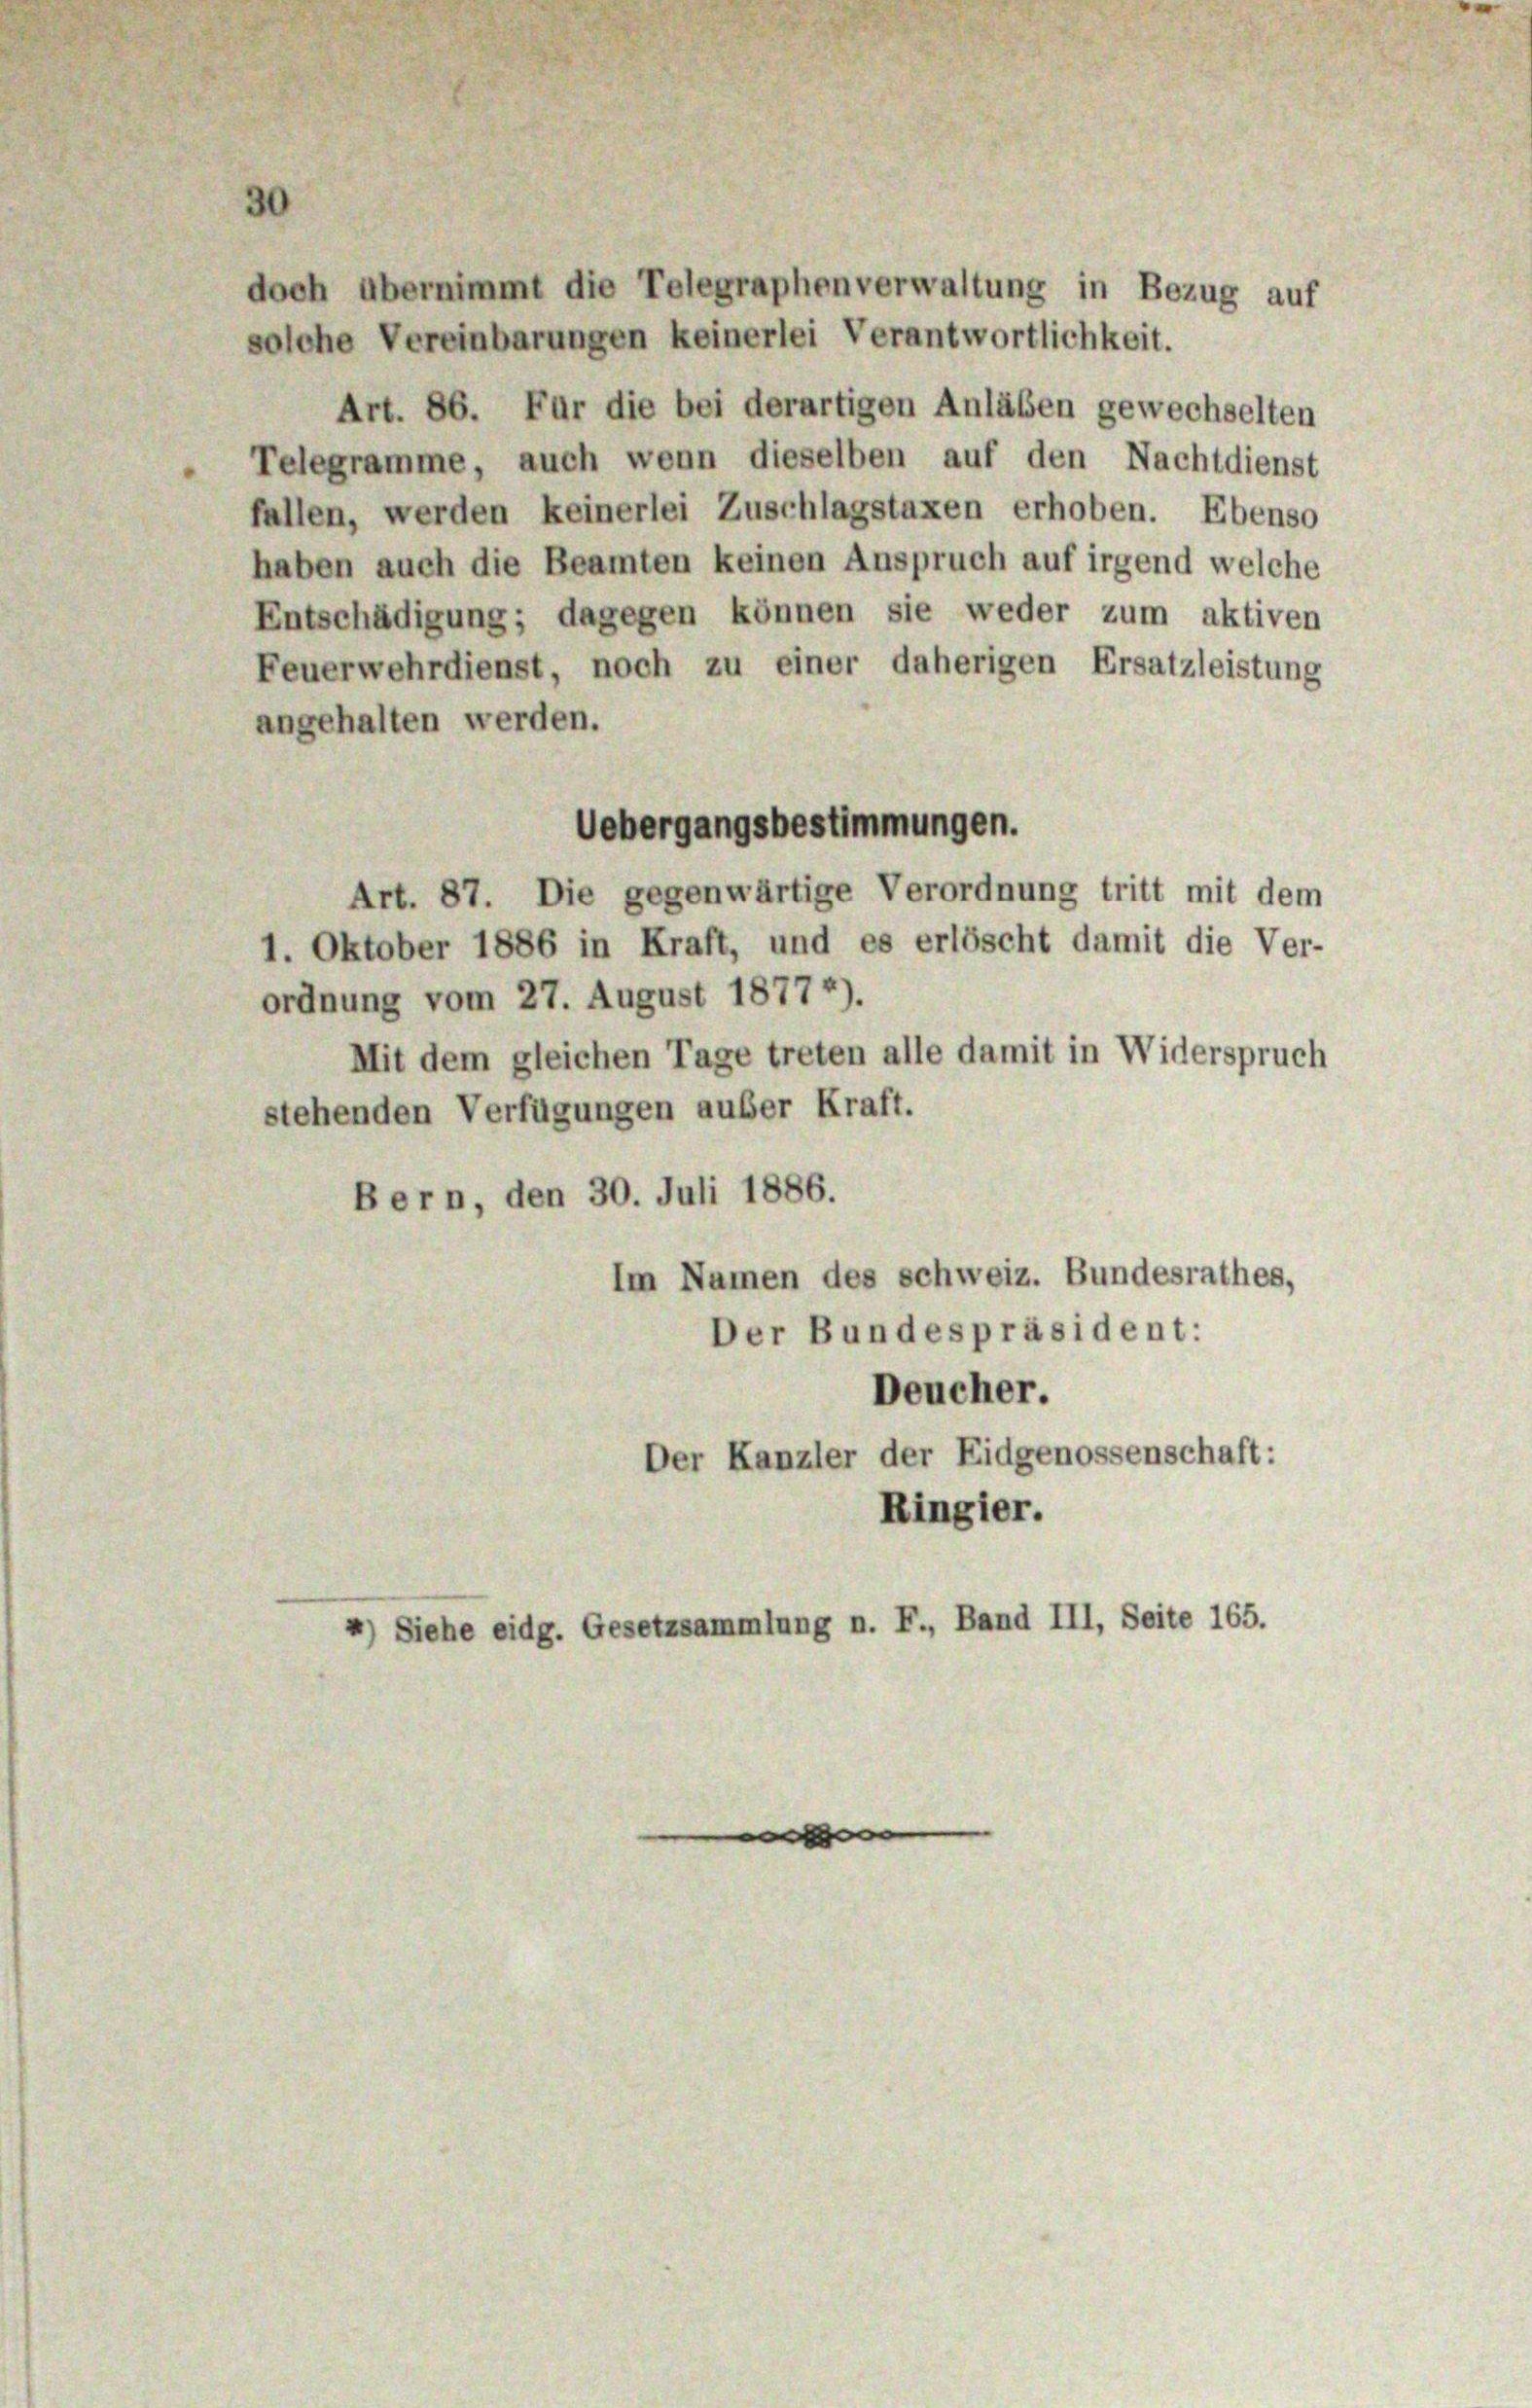
doch übernimmt die Telegraphenverwaltung in Bezug auf
solche Vereinbarungen keinerlei Verantwortlichkeit.
Art. 86. Für die bei derartigen Anläßen gewechselten
Telegramme, auch wenn dieselben auf den Nachtdienst
fallen, werden keinerlei Zuschlagstaxen erhoben. Ebenso
haben auch die Beamten keinen Anspruch auf irgend welche
Entschädigung; dagegen können sie weder zum aktiven
Feuerwehrdienst, noch zu einer daherigen Ersatzleistung
angehalten werden.
Art. 87. Die gegenwärtige Verordnung tritt mit dem
1. Oktober 1886 in Kraft, und es erlöscht damit die Ver-
ordnung vom 27. August 18774).
Mit dem gleichen Tage treten alle damit in Widerspruch
stehenden Verfügungen außer Kraft.
Bern, den 30. Juli 1886.
Im Namen des schweiz. Bundesrathes,
Der Bundespräsident:
Deucher.
Der Kanzler der Eidgenossenschaft:
Ringier.
4) Siehe eidg. Gesetzsammlung n. F., Band III, Seite 165.

30

Uebergangsbestimmungen.